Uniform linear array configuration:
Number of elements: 32
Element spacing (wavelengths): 1
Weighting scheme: kaiser
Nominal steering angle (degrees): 30
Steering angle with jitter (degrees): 30.413
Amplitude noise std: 0.05
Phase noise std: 0.05

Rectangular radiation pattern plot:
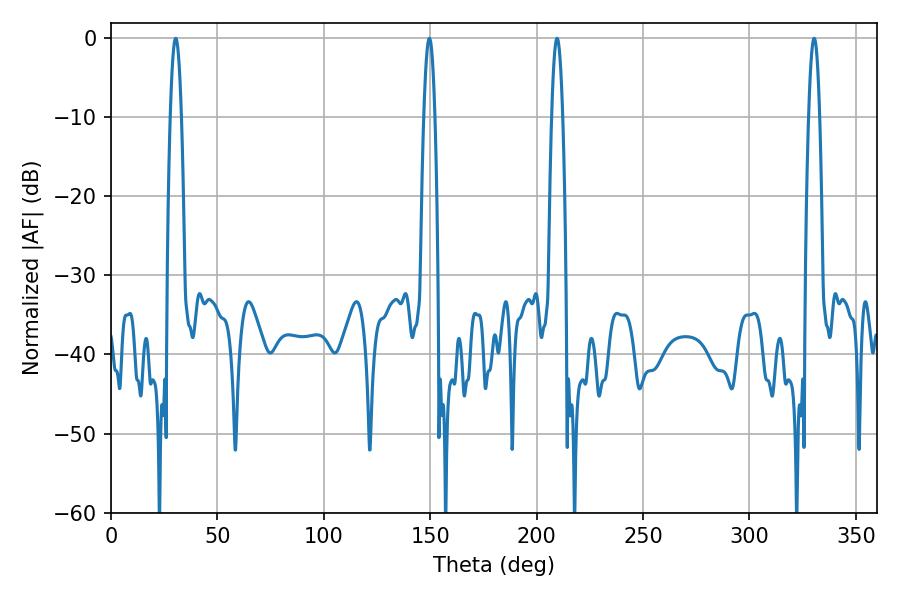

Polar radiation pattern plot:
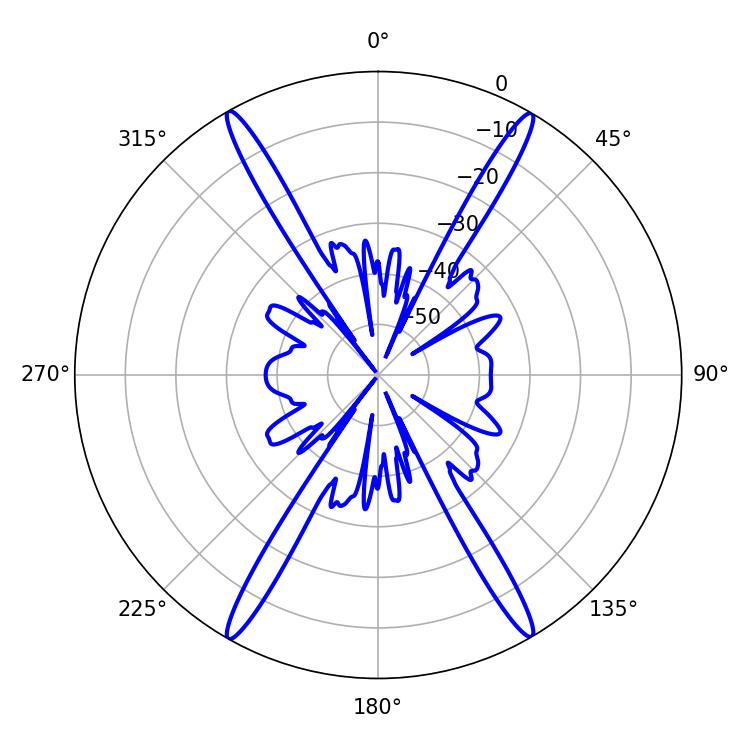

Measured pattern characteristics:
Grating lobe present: TRUE
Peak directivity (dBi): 30.139
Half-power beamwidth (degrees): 2.88
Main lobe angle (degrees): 30.42